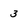
Character: 3